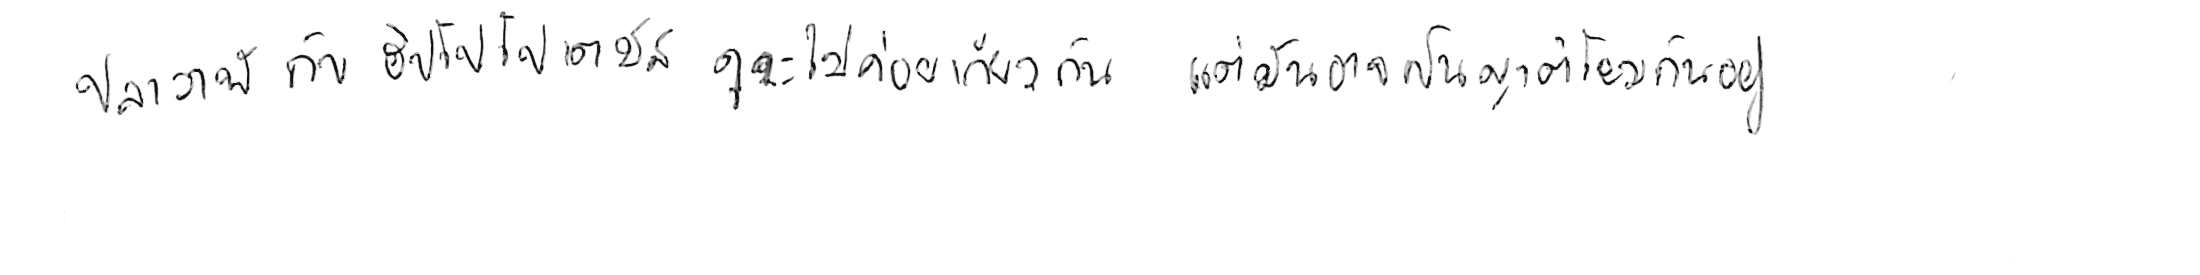
ปลาวาฬ กับ ฮิปโปโปเตมัส ดูจะไม่ค่อยเกี่ยวกัน แต่มันอาจเป็นญาติโยมกันอยู่